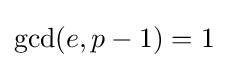
\gcd(e,p-1)=1